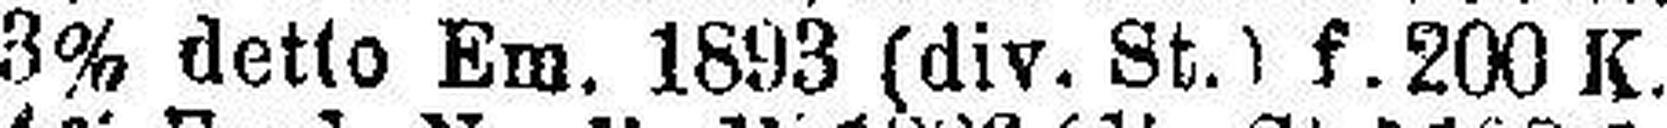
3% detto Em. 1893 (div. St.) f. 200 K.